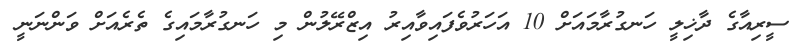
ސީރިއާގެ ދާޚިލީ ހަނގުރާމައަށް 10 އަހަރުވެފައިވާއިރު އިޒްރޭލުން މި ހަނގުރާމައިގެ ތެރެއަށް ވަންނަނީ